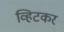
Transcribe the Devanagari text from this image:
व्हिटकर